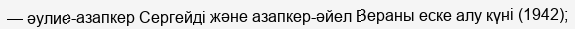
— әулие-азапкер Сергейді және азапкер-әйел Вераны еске алу күні (1942);